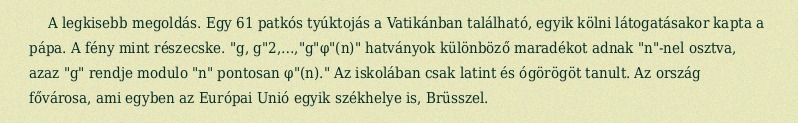
A legkisebb megoldás. Egy 61 patkós tyúktojás a Vatikánban található, egyik kölni látogatásakor kapta a pápa. A fény mint részecske. "g, g"2,…,"g"φ"(n)" hatványok különböző maradékot adnak "n"-nel osztva, azaz "g" rendje modulo "n" pontosan φ"(n)." Az iskolában csak latint és ógörögöt tanult. Az ország fővárosa, ami egyben az Európai Unió egyik székhelye is, Brüsszel.